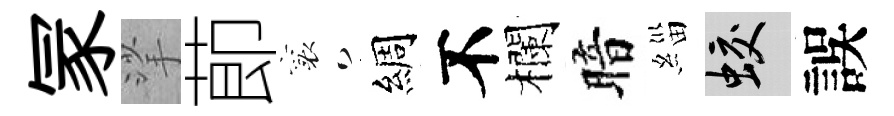
冡挲莭襄綢不欄暗緇蛟誤